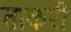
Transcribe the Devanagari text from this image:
ताकरी